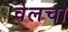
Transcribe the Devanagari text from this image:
वेलचा